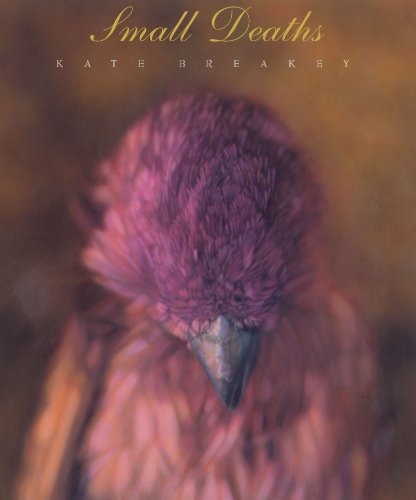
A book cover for Small Deaths: Photographs (Wittliff Gallery Series); Crafts, Hobbies & Home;